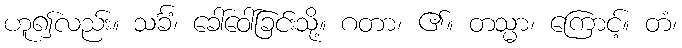
ဟူ၍လည်း။ သင်္ခံ၊ ခေါ်ဝေါ်ခြင်းသို့။ ဂတာ၊ ၏။ တသ္မာ၊ ကြောင့်။ တံ၊